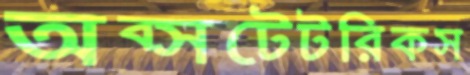
অব্সটেটরিকস